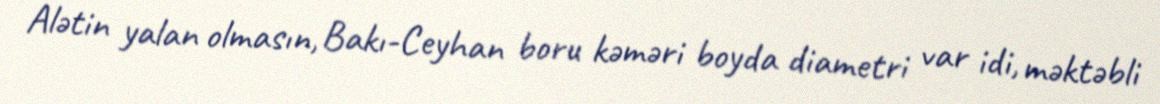
Alətin yalan olmasın, Bakı-Ceyhan boru kəməri boyda diametri var idi, məktəbli